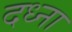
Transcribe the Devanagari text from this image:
दध्ना